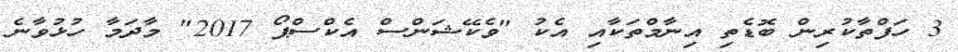
3 ހަފްތާކުރިން ބޮޑެތި އިނާމްތަކާއި އެކު "ވެކޭޝަންސް އެކްސްޕޯ 2017" މާދަމާ ހުޅުވާނެ